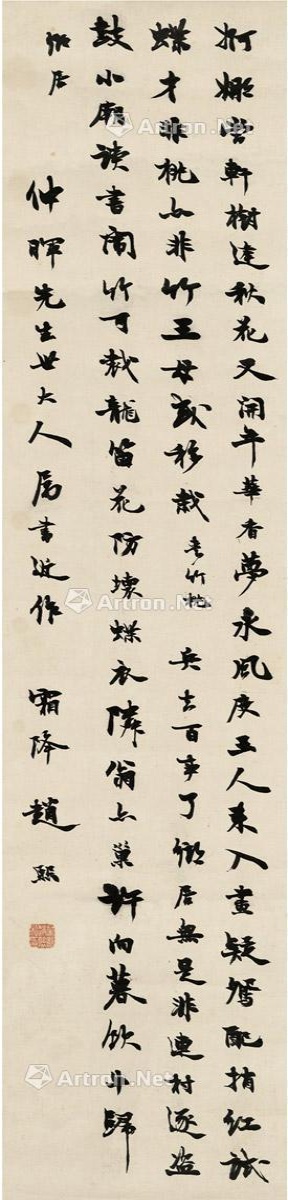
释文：婀娜当轩树，逢秋花又开。年华香梦永，风度玉人来。入画疑鸳配，捎红试蝶才。非桃亦非竹，王母或移栽。夹竹桃。兵去百事了，乡居无是非。连村逐盗鼓，小庙读书闹。竹可裁龙笛，花防坏蝶衣。邻翁亦巢许，向暮饮牛归。乡居。仲晖先生世大人属书近作。霜降，赵熙。